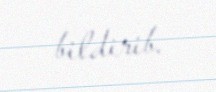
bildirib.